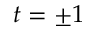
t = \pm 1